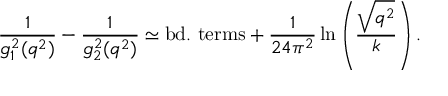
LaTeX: { \frac { 1 } { g _ { 1 } ^ { 2 } ( q ^ { 2 } ) } } - { \frac { 1 } { g _ { 2 } ^ { 2 } ( q ^ { 2 } ) } } \simeq \mathrm { b d . ~ t e r m s } + { \frac { 1 } { 2 4 \pi ^ { 2 } } } \ln \left( { \frac { \sqrt { q ^ { 2 } } } { k } } \right) .